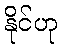
နိုင်ဟု